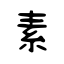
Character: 素